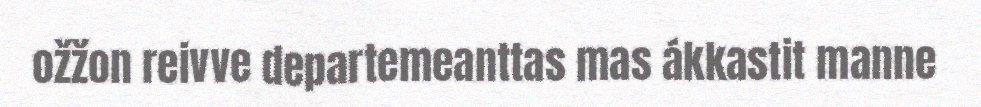
ožžon reivve departemeanttas mas ákkastit manne